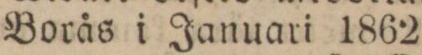
Borås i Januari 1862